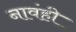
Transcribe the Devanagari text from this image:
नावंही